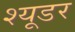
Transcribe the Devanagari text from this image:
श्यूडर